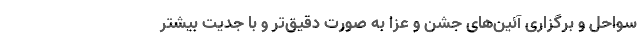
سواحل و برگزاری آئین‌های جشن و عزا به صورت دقیق‌تر و با جدیت بیشتر